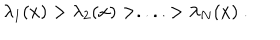
\lambda _ { 1 } ( x ) > \lambda _ { 2 } ( x ) > . . . . > \lambda _ { N } ( x ) ~ .